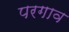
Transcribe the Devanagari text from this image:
परगाव